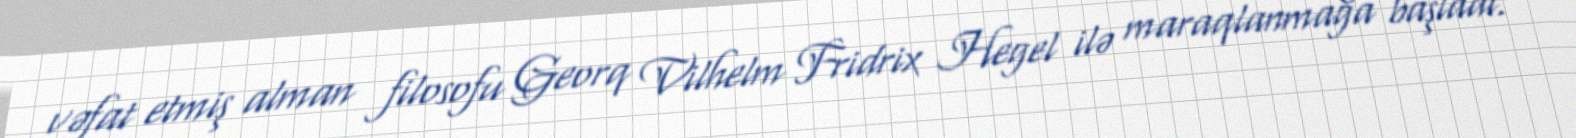
vəfat etmiş alman filosofu Georq Vilhelm Fridrix Hegel ilə maraqlanmağa başladı.